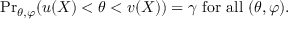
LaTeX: { \operatorname* { P r } } _ { \theta , \varphi } ( u ( X ) < \theta < v ( X ) ) = \gamma { \mathrm { ~ f o r ~ a l l ~ } } ( \theta , \varphi ) .